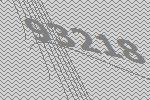
93218